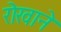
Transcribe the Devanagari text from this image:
रोखाने